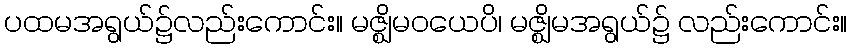
ပထမအရွယ်၌လည်းကောင်း။ မဇ္ဈိမဝယေပိ၊ မဇ္ဈိမအရွယ်၌ လည်းကောင်း။